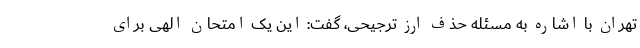
تهران با اشاره به مسئله حذف ارز ترجیحی، گفت: این یک امتحان الهی برای